Statistical return of the lunatic asylum in Assam - 1912-1932
Year: 1912
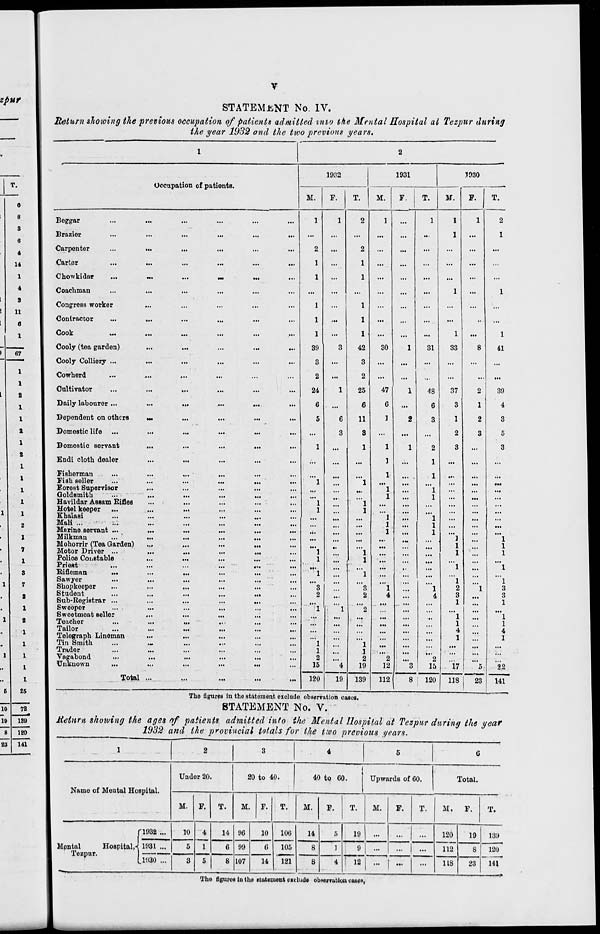
6
8
3
6
14
II
67
1
l
2
1
1
1
G
25
10
72
10
139
B 120
an 141
V
STATEMENT No. IV.
Return showing the previous occupation of patients admitted into ike Mental Hospital at Tezpur during
the year 1932 and the two previous years.
Occupation of patients.
Beggar
Brazier
Carpenter
Carter
Chowkidar
Coachman
CongreBs worker
Contractor
Cook
Cooly (tea garden)
Cooly Colliery ...
Cowherd
Cultivator
Daily labourer ...
Dependent on others
Domestic life
Domestic servant
Endi cloth dealer
Fisherman
Fish seller
Forest Supervisor
Goldsmith
Havildar Assam Kiflea
Hotel keeper
Khalasi
Mali ...
Marine servant ...
Milkman
Mohorrir (Tea Garden)
Motor Driver ...
Police CoiiBtable
Priest
Rifleman
...
Sawyer
Shopkeeper
Student
Sub-Registrar ...
Sweoper
Sweetmeat seller
Teacher
Tailor
Telegraph Lineman
Tin Smith
Trader
Vagabond
Unknown
Total
•••
1932
M.
F.
2
1
1
1
1
1
39
3
2
24
6
5
...
1
"l
..,
"l
1
...
...
1
*"l
"3
2
""l
...
'"l
1
2
15
...
120
19
1931
1930
M.
T.
M.
F.
1
42
3
2
25
6
11
3
1
30
47
6
1
31
1
1
2
19
139
2
12
112
48
6
3
2
1
1
*"'l
1
1
33
37
3
1
2
3
2
15
8
120
17
118
23
The figures in tho statement oxclude observation cases.
STATEMENT No. V.
1
41
39
4
3
5
3
1
S
3
1
'l
1
4
1
22
~U1
Melnrn showing the ages
1932
of patients admitted into the Mental Hospital at Tezpur during the year
and the provincial totals for the two previous years.
1
2
3
4
5
6
Name of Mental Hospital.
Under 20.
20 to 40.
40 to 60.
Upwards of 60.
Total.
M. F.
T.
M. F.
T.
M.
F.
T.
M.
F.
T.
M.
F.
T.
C1932 ...
| ——,„
10
4
1
14 96
10
106
14
r>
19
...
...
...
120
19
139
Mpntal
Hospital,-* 1931 ...
5
6 99
0
105
181
8
1
9
...
...
...
112
8
120
(.1930 ...
8 5
8 107
14
8
4 ! 12
...
...
...
its
23
141
The figures in the statement exclude obwerTutiou cases,